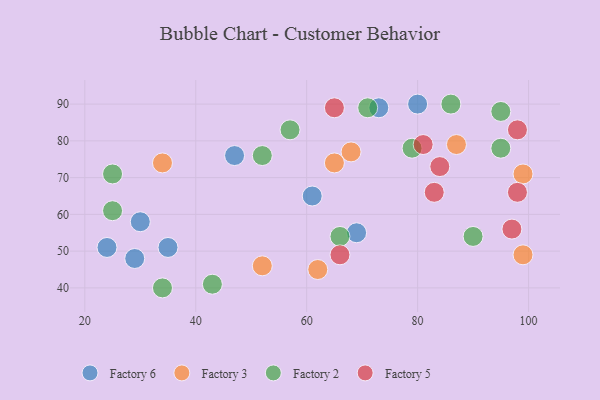
{"axis": {"x": "GDP", "y": "Life Expectancy"}, "legend": ["Factory 2", "Factory 3", "Factory 5", "Factory 6"], "data": [{"x": "29", "y": 48, "type": "Factory 6"}, {"x": "69", "y": 55, "type": "Factory 6"}, {"x": "24", "y": 51, "type": "Factory 6"}, {"x": "73", "y": 89, "type": "Factory 6"}, {"x": "30", "y": 58, "type": "Factory 6"}, {"x": "47", "y": 76, "type": "Factory 6"}, {"x": "80", "y": 90, "type": "Factory 6"}, {"x": "61", "y": 65, "type": "Factory 6"}, {"x": "35", "y": 51, "type": "Factory 6"}, {"x": "68", "y": 77, "type": "Factory 3"}, {"x": "65", "y": 74, "type": "Factory 3"}, {"x": "34", "y": 74, "type": "Factory 3"}, {"x": "99", "y": 49, "type": "Factory 3"}, {"x": "52", "y": 46, "type": "Factory 3"}, {"x": "62", "y": 45, "type": "Factory 3"}, {"x": "99", "y": 71, "type": "Factory 3"}, {"x": "87", "y": 79, "type": "Factory 3"}, {"x": "90", "y": 54, "type": "Factory 2"}, {"x": "95", "y": 78, "type": "Factory 2"}, {"x": "34", "y": 40, "type": "Factory 2"}, {"x": "79", "y": 78, "type": "Factory 2"}, {"x": "95", "y": 88, "type": "Factory 2"}, {"x": "52", "y": 76, "type": "Factory 2"}, {"x": "43", "y": 41, "type": "Factory 2"}, {"x": "86", "y": 90, "type": "Factory 2"}, {"x": "57", "y": 83, "type": "Factory 2"}, {"x": "71", "y": 89, "type": "Factory 2"}, {"x": "25", "y": 71, "type": "Factory 2"}, {"x": "25", "y": 61, "type": "Factory 2"}, {"x": "66", "y": 54, "type": "Factory 2"}, {"x": "81", "y": 79, "type": "Factory 5"}, {"x": "84", "y": 73, "type": "Factory 5"}, {"x": "98", "y": 83, "type": "Factory 5"}, {"x": "97", "y": 56, "type": "Factory 5"}, {"x": "83", "y": 66, "type": "Factory 5"}, {"x": "66", "y": 49, "type": "Factory 5"}, {"x": "65", "y": 89, "type": "Factory 5"}, {"x": "98", "y": 66, "type": "Factory 5"}]}